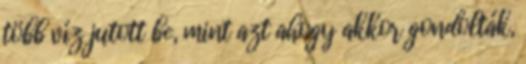
több víz jutott be, mint azt ahogy akkor gondolták,